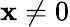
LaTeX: \mathbf{x}\neq0